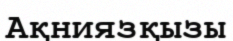
Ақниязқызы